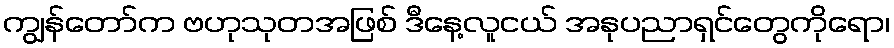
ကျွန်တော်က ဗဟုသုတအဖြစ် ဒီနေ့လူငယ် အနုပညာရှင်တွေကိုရော၊